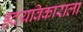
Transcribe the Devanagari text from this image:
हृदयविकाराला